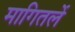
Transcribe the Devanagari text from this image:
मागितलें